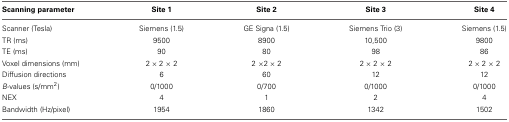
<table><thead><tr><td><b>Scanning parameter</b></td><td><b>Site 1</b></td><td><b>Site 2</b></td><td><b>Site 3</b></td><td><b>Site 4</b></td></tr></thead><tbody><tr><td>Scanner (Tesla)</td><td>Siemens (1.5)</td><td>GE Signa (1.5)</td><td>Siemens Trio (3)</td><td>Siemens (1.5)</td></tr><tr><td>TR (ms)</td><td>9500</td><td>8900</td><td>10,500</td><td>9800</td></tr><tr><td>TE (ms)</td><td>90</td><td>80</td><td>98</td><td>86</td></tr><tr><td>Voxel dimensions (mm)</td><td>2 × 2 × 2</td><td>2 ×2 × 2</td><td>2 × 2 × 2</td><td>2 × 2 × 2</td></tr><tr><td>Diffusion directions</td><td>6</td><td>60</td><td>12</td><td>12</td></tr><tr><td><i>B</i>-values (s/mm<sup>2</sup>)</td><td>0/1000</td><td>0/700</td><td>0/1000</td><td>0/1000</td></tr><tr><td>NEX</td><td>4</td><td>1</td><td>2</td><td>4</td></tr><tr><td>Bandwidth (Hz/pixel)</td><td>1954</td><td>1860</td><td>1342</td><td>1502</td></tr></tbody></table>